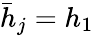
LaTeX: \bar{h}_{j}=h_{1}